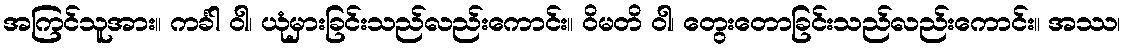
အကြင်သူအား။ ကင်္ခါ ဝါ၊ ယုံမှားခြင်းသည်လည်းကောင်း။ ဝိမတိ ဝါ၊ တွေးတောခြင်းသည်လည်းကောင်း။ အဿ၊